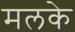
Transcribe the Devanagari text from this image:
मलके